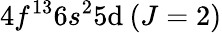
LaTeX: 4f^{13}6s^{2}5\mathrm{d}\: (J=2)